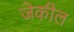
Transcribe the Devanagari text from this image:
जेकील